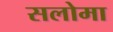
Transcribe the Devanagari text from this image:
सलोमा